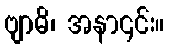
ဗျာဓိ၊ အနာ၎င်း။